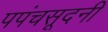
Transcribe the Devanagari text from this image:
पपंचसूदनी